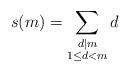
LaTeX: \begin{align*}s(m) = \sum_{\substack{d|m \\ 1 \leq d < m }} d\end{align*}